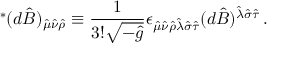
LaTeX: { } ^ { * } ( d \hat { B } ) _ { \hat { \mu } \hat { \nu } \hat { \rho } } \equiv { \frac { 1 } { 3 ! { \sqrt { - { \hat { g } } } } } } \epsilon _ { \hat { \mu } \hat { \nu } \hat { \rho } \hat { \lambda } \hat { \sigma } \hat { \tau } } ( d \hat { B } ) ^ { \hat { \lambda } \hat { \sigma } \hat { \tau } } \, .